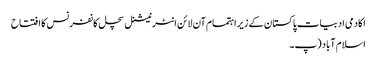
اکادمی ادبیات پاکستان کے زیر اہتمام آن لائن انٹرنیشنل سچل کانفرنس کا افتتاح
اسلام آباد (پ۔